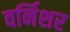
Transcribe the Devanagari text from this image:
वर्निशर